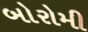
બોરોમી